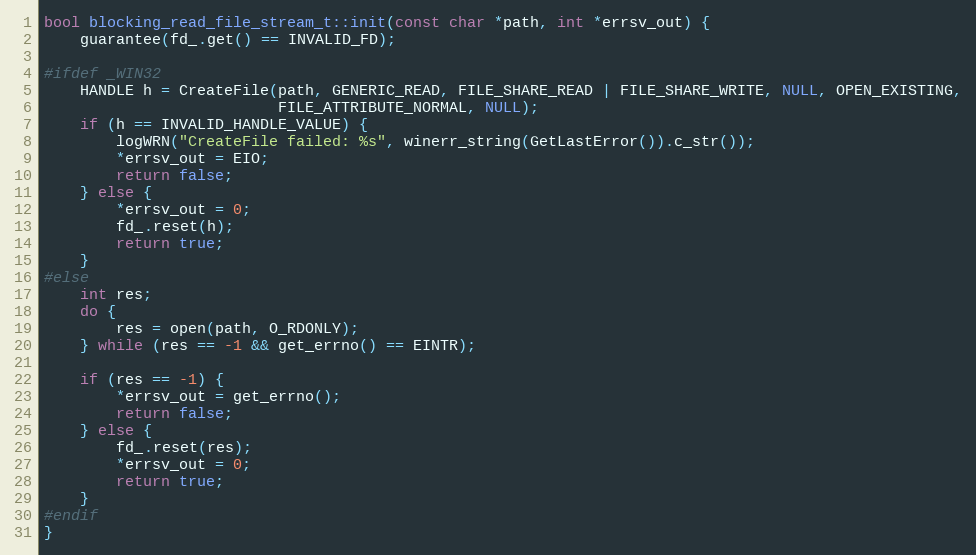
Language: C++
bool blocking_read_file_stream_t::init(const char *path, int *errsv_out) {
    guarantee(fd_.get() == INVALID_FD);

#ifdef _WIN32
    HANDLE h = CreateFile(path, GENERIC_READ, FILE_SHARE_READ | FILE_SHARE_WRITE, NULL, OPEN_EXISTING,
                          FILE_ATTRIBUTE_NORMAL, NULL);
    if (h == INVALID_HANDLE_VALUE) {
        logWRN("CreateFile failed: %s", winerr_string(GetLastError()).c_str());
        *errsv_out = EIO;
        return false;
    } else {
        *errsv_out = 0;
        fd_.reset(h);
        return true;
    }
#else
    int res;
    do {
        res = open(path, O_RDONLY);
    } while (res == -1 && get_errno() == EINTR);

    if (res == -1) {
        *errsv_out = get_errno();
        return false;
    } else {
        fd_.reset(res);
        *errsv_out = 0;
        return true;
    }
#endif
}